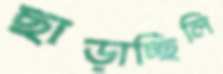
ছাড়াচ্ছিলি